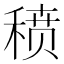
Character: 𬓱